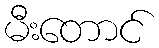
မီးတောင်